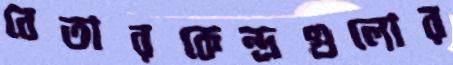
বেতারকেন্দ্রগুলোর